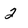
Character: 2